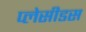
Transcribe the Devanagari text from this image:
प्लेसीडस